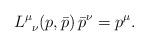
LaTeX: \begin{align*}L^\mu_{\;\;\nu}(p, \bar p)\, \bar{p}^\nu=p^\mu. \end{align*}